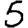
Digit: 5